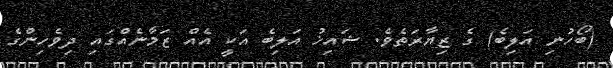
(ބޯހުނި އަލިބެ) ގެ ޒިޔާރަތެވެ. ޝައިޚު އަލިބެ އަކީ އެއް ޒަމާނެއްގައި ދިވެހިންގެ